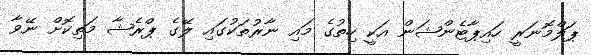
ޕަލްމޮނަރީ ހައިޕާޓެންޝަން އަކީ ހިތުގެ މައި ނާރުތަކުގައި ލޭގެ ޕްރެޝާ މަތިކޮށް ނޭވާ